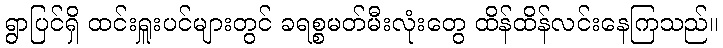
ရွာပြင်ရှိ ထင်းရှူးပင်များတွင် ခရစ္စမတ်မီးလုံးတွေ ထိန်ထိန်လင်းနေကြသည်။